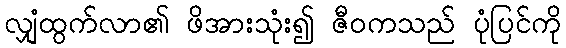
လျှံထွက်လာ၏ ဖိအားသုံး၍ ဇီဝကသည် ပုံပြင်ကို